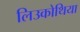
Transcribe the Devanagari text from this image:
लिउकोथिया